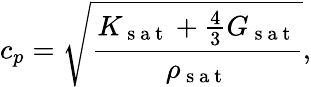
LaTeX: c_{p}=\sqrt{\frac{K_{\mathrm{~s~a~t~}}+\frac{4}{3}G_{\mathrm{~s~a~t~}}}{\rho_{\mathrm{~s~a~t~}}}},